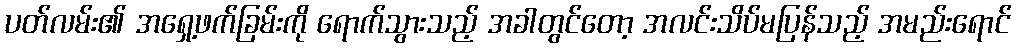
ပတ်လမ်း၏ အရှေ့ဖက်ခြမ်းကို ရောက်သွားသည့် အခါတွင်တော့ အလင်းသိပ်မပြန်သည့် အမည်းရောင်